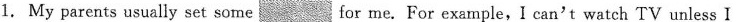
1. My parents usually set some___ for me. For example,I can't watch TV unless I